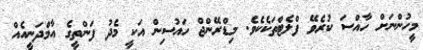
މީހުންނަށް ހާއްސަ ކުރެވޭ ފްލެޓްތަކެކެވެ. މިޑްރޭންޖް ހައުސިން އަކީ މެދު ފަންތީގެ އާމްދަނީއެއް